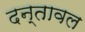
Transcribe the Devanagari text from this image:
दन्तावल